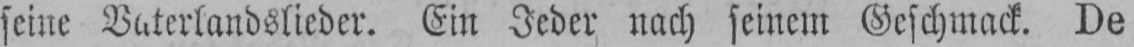
seine Vaterlandslieder. Ein Jeder nach seinem Geschmack. De